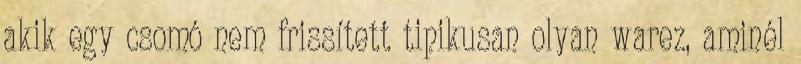
akik egy csomó nem frissített tipikusan olyan warez, aminél